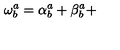
\mathbf { \omega } _ { b } ^ { a } = \mathbf { \alpha } _ { b } ^ { a } + \mathbf { \beta } _ { b } ^ { a } +